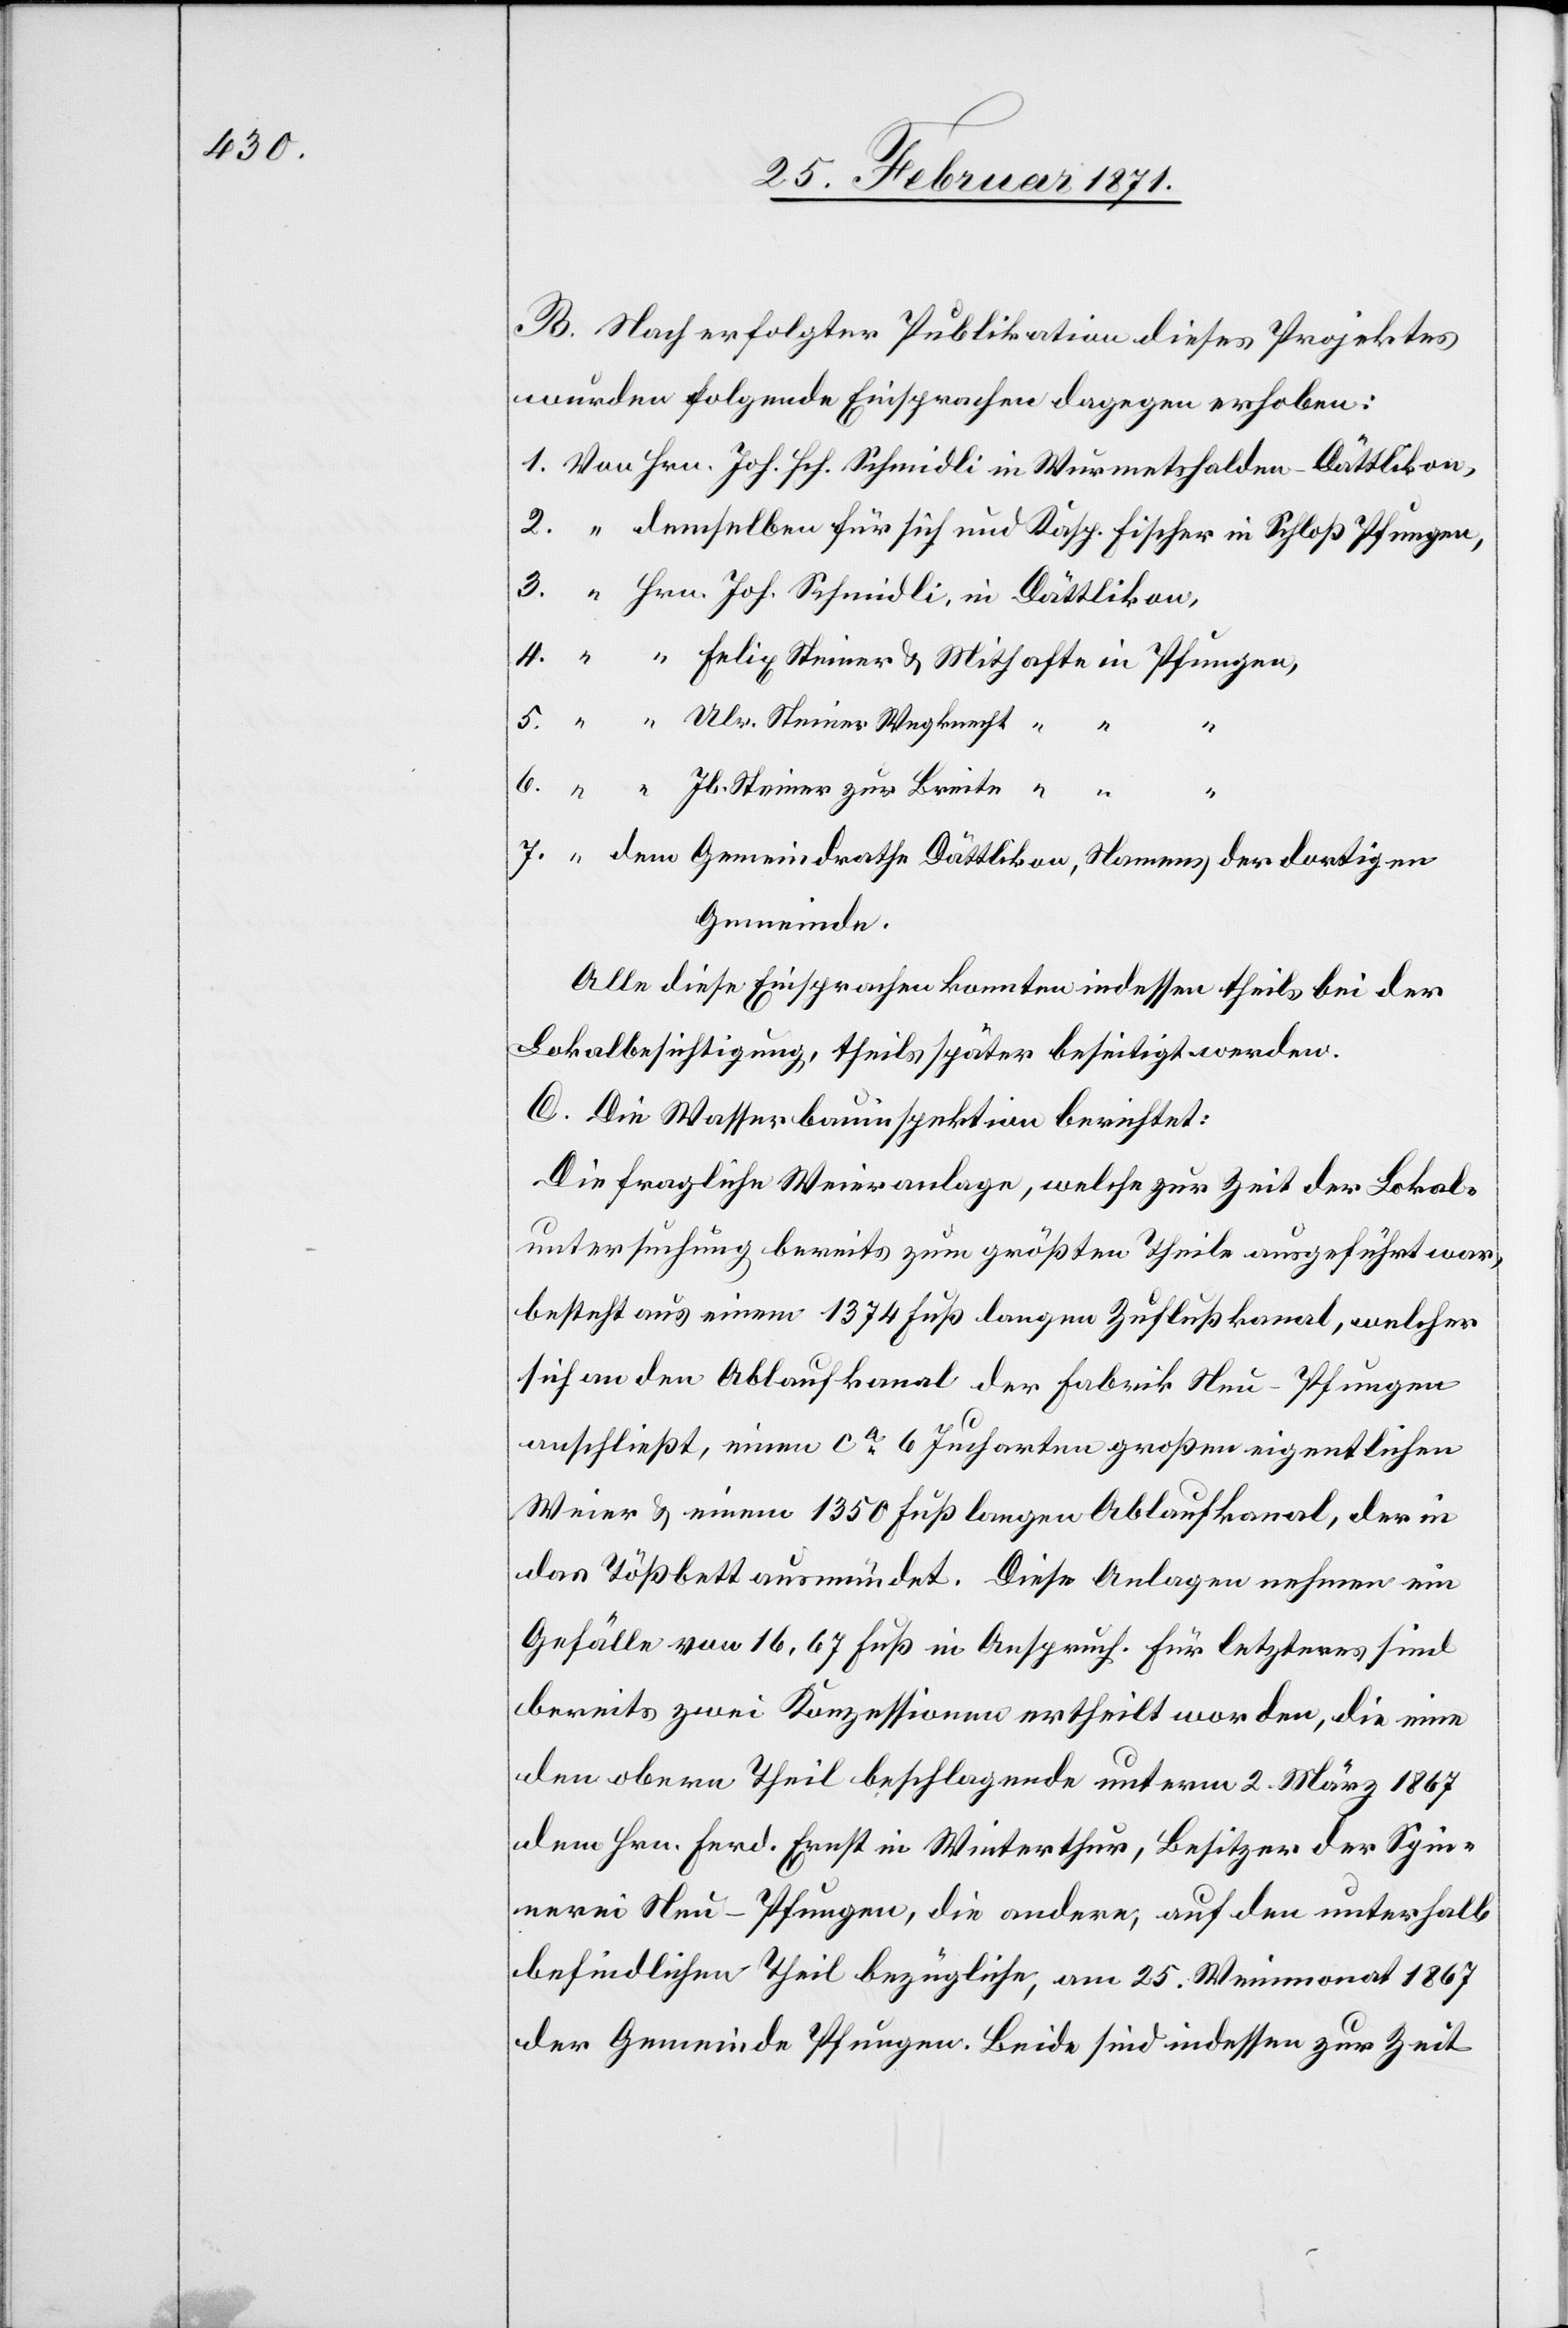
B. Nach erfolgter Publikation dieses Projektes
wurden folgende Einsprachen dagegen erhoben:
Hrn. Joh. Schmidli, in Wurmetshalden-Dättlikon,
demselben für sich und Kasp. Fischer in Schloß Pfungen,,
Hrn. Joh. Schmidli, in Dättlikon,
“ Felix Steiner u. Mithafte in Pfungen,
“ Ulr. Steiner Wegknecht “ “
7.
“
dem Gemeindrathe Dättlikon, Namens der dortigen
Gemeinde.
Alle diese Einsprachen konnten indessen theils bei der
Lokalbesichtigung, theils später beseitigt werden.
C. Die Wasserbauinspektion berichtet:
Die fragliche Weieranlage, welche zur Zeit der Lokal¬
untersuchung bereits zum größten Theil ausgeführt war,
besteht aus einem 1374 Fuß langen Zuflußkanal, welcher
tief an den Ablaufkanal der Fabrik Neu-Pfungen
anschließt, einen ca. 6 Jucharten großen eigentlichen
Weier u. einem 1350 Fuß langen Ablaufkanal, der in
das Tößbett ausmündet. Diese Anlagen nehmen ein
Gefälle von 16,67 Fuß in Anspruch. Für letzteres sind
bereits zwei Konzessionen ertheilt worden, die eine
den obern Theil beschlagende unterm 2. März 1867
dem Hrn. Ferd. Ernst in Winterthur, Besitzer der Spin¬
nerei Neu-Pfungen, die andere, auf den unterhalb
befindlichen Theil bezügliche, am 25. Weinmonat 1867
der Gemeinde Pfungen. Beide sind indessen zur Zeit